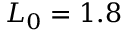
L _ { 0 } = 1 . 8